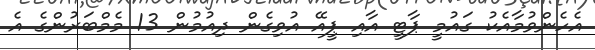
އެހެންވުމާއެކު ގައުމީ ޕާޓީ އާއި ޕީއޭ އުވިގެން ދިއުމުން 13 މެމްބަރުންގެ އެ